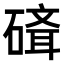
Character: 𥕁